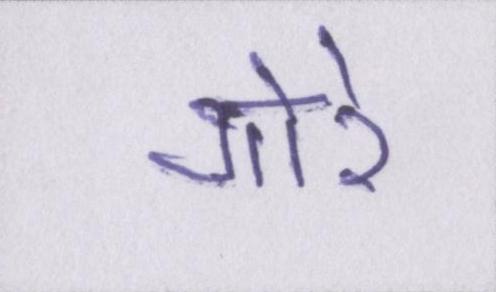
गोरे